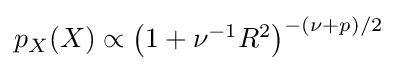
{\textstyle p_{X}(X)\propto \left(1+\nu ^{-1}R^{2}\right)^{-(\nu +p)/2}}